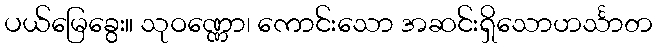
ပယ်မြေခွေး။ သုဝဏ္ဏော၊ ကောင်းသော အဆင်းရှိသောဟင်္သာတ